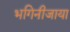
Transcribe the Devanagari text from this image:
भगिनीजाया